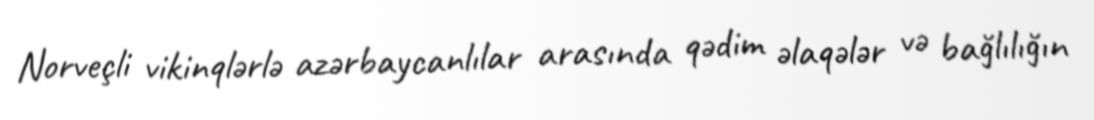
Norveçli vikinqlərlə azərbaycanlılar arasında qədim əlaqələr və bağlılığın